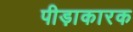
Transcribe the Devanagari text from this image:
पीड़ाकारक